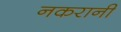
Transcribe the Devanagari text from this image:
नकरानी